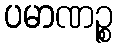
ပမာဏဉ္စ